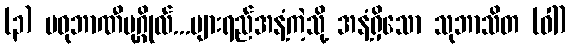
(၃) မဓုဘာဏီပုဂ္ဂိုလ်...ပျားရည်အနံ့ကဲ့သို့ အနံ့ရှိသော သုဘာသိတ (ဝါ)